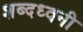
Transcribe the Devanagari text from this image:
शब्दध्वनी